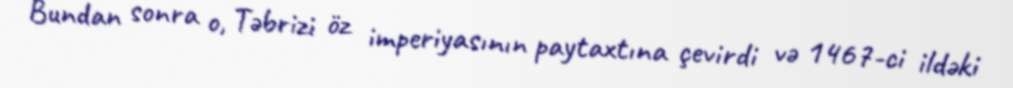
Bundan sonra o, Təbrizi öz imperiyasının paytaxtına çevirdi və 1467-ci ildəki